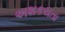
અશકયતા